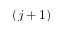
( j + 1 )